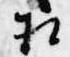
相